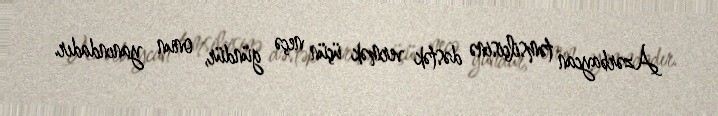
Azərbaycan təmsilçisinə dəstək vermək üçün neçə gündür, onun yanındadır.